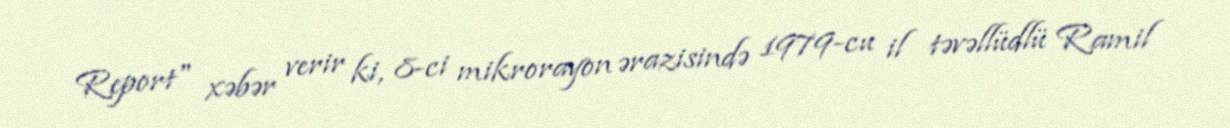
Report" xəbər verir ki, 8-ci mikrorayon ərazisində 1979-cu il təvəllüdlü Ramil